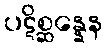
ပဋိစ္ဆန္နေန